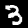
Label: 3